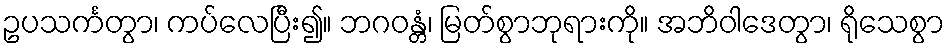
ဥပသင်္ကတွာ၊ ကပ်လေပြီး၍။ ဘဂဝန္တံ၊ မြတ်စွာဘုရားကို။ အဘိဝါဒေတွာ၊ ရိုသေစွာ